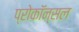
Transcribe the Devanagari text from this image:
प्रोकॉन्सल